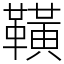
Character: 䪄